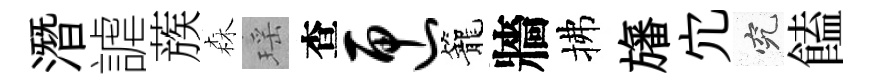
潛謔蔟森瑶查匣籠牆拂旛宂究饁